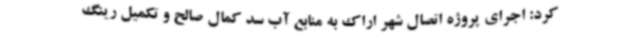
کرد: اجرای پروژه اتصال شهر اراک به منابع آب سد کمال صالح و تکمیل رینگ